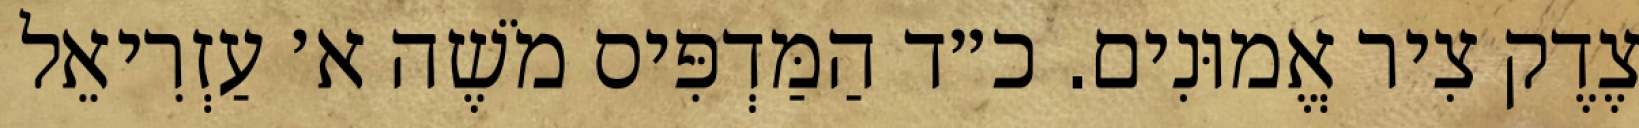
צֶדֶק צִיר אֱמוּנִים. כ״ד הַמַּדְפִּיס מֹשֶׁה א׳ עַזְרִיאֵל